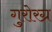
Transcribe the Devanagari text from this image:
गुरोरग्र